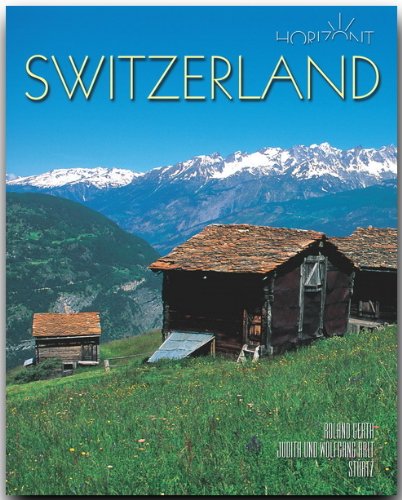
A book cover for Switzerland (Horizon); Judith Arlt; Travel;